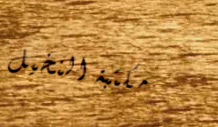
مكتبة النخيل